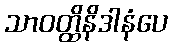
သာဝတ္ထိနိဒါနံပေ